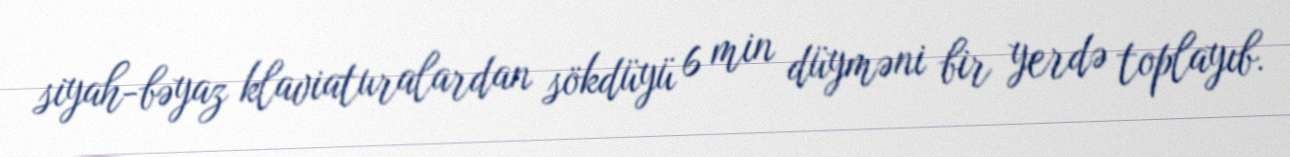
siyah-bəyaz klaviaturalardan sökdüyü 6 min düyməni bir yerdə toplayıb.